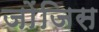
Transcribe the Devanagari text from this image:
जोंजिस